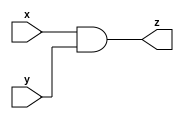
module and_gate_n (x, y, z);
  parameter n = 0;
  input [n-1:0] x;
  input [n-1:0] y;
  output [n-1:0] z;
  
  assign z = (x&y) ;
  
  
endmodule